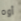
أوه